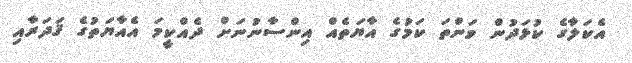
އެކަލާގެ ކުޅަދުން ވަންތަ ކަމުގެ އާޔަތެއް އިންސާނުނަށް ދެއްކީމަ އެއާޔަތުގެ ޤަދަރާއި